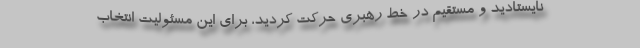
نایستادید و مستقیم در خط رهبری حرکت کردید، برای این مسئولیت انتخاب